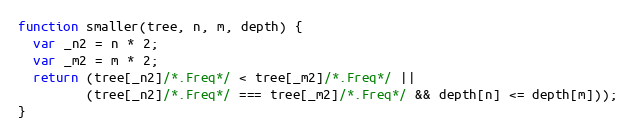
Language: JavaScript
function smaller(tree, n, m, depth) {
  var _n2 = n * 2;
  var _m2 = m * 2;
  return (tree[_n2]/*.Freq*/ < tree[_m2]/*.Freq*/ ||
         (tree[_n2]/*.Freq*/ === tree[_m2]/*.Freq*/ && depth[n] <= depth[m]));
}